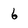
Character: 6